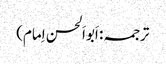
ترجمہ: اَبواَلحسن اِمام)